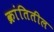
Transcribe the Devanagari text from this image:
क्रांतितील